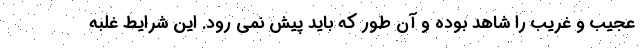
عجیب و غریب را شاهد بوده و آن طور که باید پیش نمی رود. این شرایط غلبه